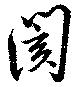
閡